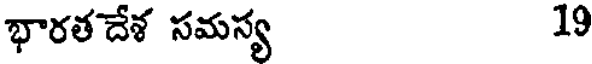
భారతదేశ సమస్య 19